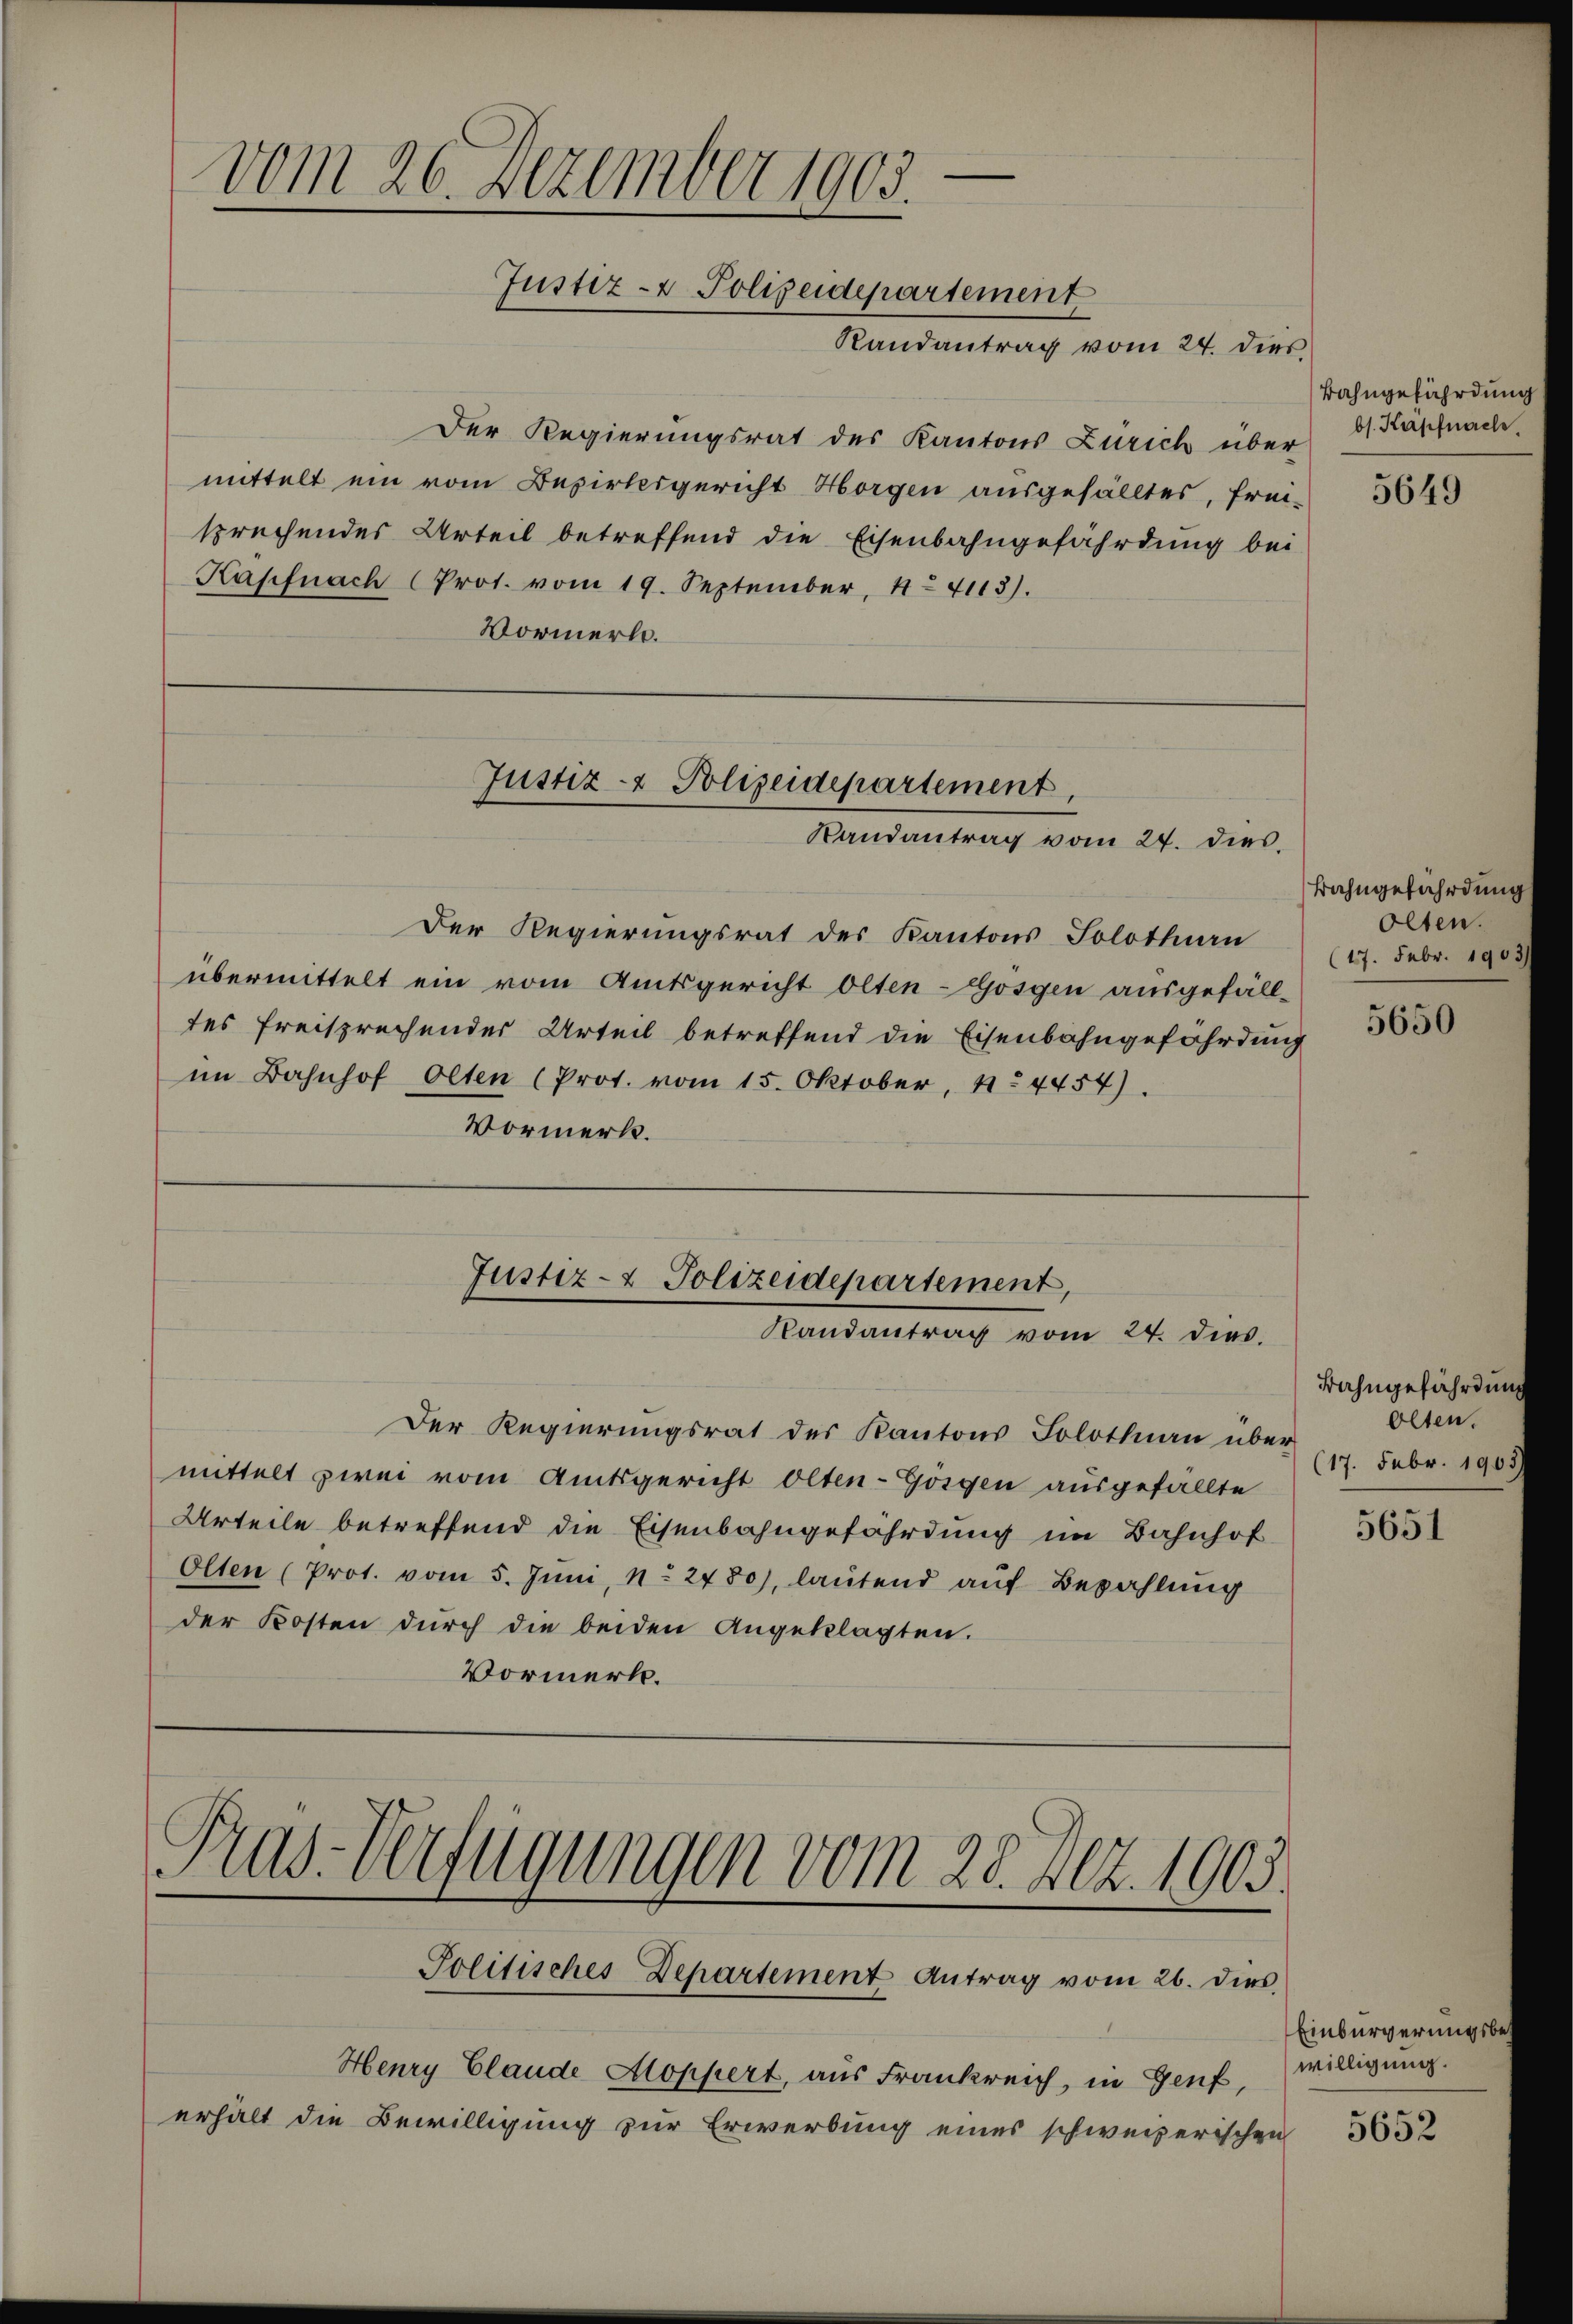
e
vom 26. Dezember 1903.
Justiz- & Polizeidepartement

Der Regierungsrat des Kantons Zürich über ds Kapfnach
mittelt ein vom Bezirksgericht Horgen ausgefälltes, frei-
sprechendes Urteil betreffend die Eisenbahngefährdung bei
Kapfnach (Prot. vom 19. September, 14113).
Vormerk.

Randantrag vom 24. dies

Justiz- & Polizeidepartement,
Randantrag vom 24. dies

Der Regierungsrat des Kantons Solothurn
übermittelt ein vom Amtsgericht Olten-Gossen ausgefälltes freisprechender Urteil betreffend die Eisenbahngefährdung
im Bahnhof Olten (Prot. vom 15. Oktober, 4. 4454).
Vormerk.

Justiz- & Polizeidepartement,
Randantrag vom 24. dies.

Der Regierungsrat des Kantons Solothurn über-
mittelt zwei vom Amtsgericht Olten-Gösgen ausgefällte
Urteile betreffend die Eisenbahngefährdung im Bahnhof
Olten (Prot. vom 5. Juni, No. 2480), lautend auf Bezahlung
der Kosten durch die beiden Angeklagten.
Vormerk.

Pras-Verfügungen vom 28. Dez. 1905.
Politisches Departement Antrag vom 26. dies

Henry Claude Aloppert, aus Frankreich, in Genf,
erhält die Bewilligung zur Erwerbung eines schweizerischen

Bahngefährdung

Bahngefährdung
Olten.
(17. Febr. 1903.

Bahngefährdung
Olten.
(17. Febr. 1903.

5651

Einbürgerungsbewilligung.
5652

5649

5650